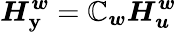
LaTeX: \boldsymbol{H_{\mathbf{y}}^{w}}=\boldsymbol{\mathbb{C}_{w}}\boldsymbol{H_{u}^{w}}